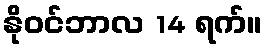
နိုဝင်ဘာလ 14 ရက်။